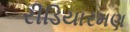
રીડિયારમણ